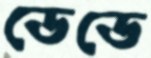
ডেডে